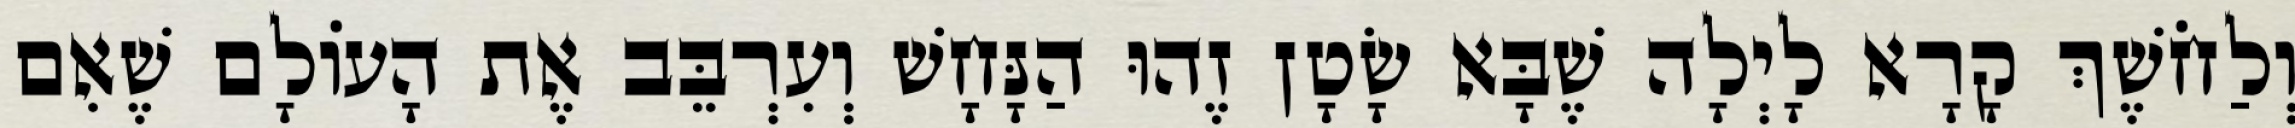
וְלַחֹשֶׁךְ קָרָא לָיְלָה שֶׁבָּא שָׂטָן זֶהוּ הַנָּחָשׁ וְעִרְבֵּב אֶת הָעוֹלָם שֶׁאִם